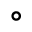
\circ